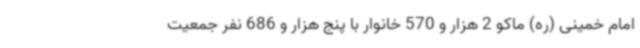
امام خمینی (ره) ماکو 2 هزار و 570 خانوار با پنج هزار و 686 نفر جمعیت